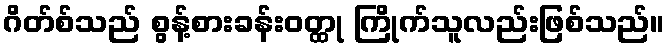
ဂိတ်စ်သည် စွန့်စားခန်းဝတ္ထု ကြိုက်သူလည်းဖြစ်သည်။